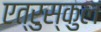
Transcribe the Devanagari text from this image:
एत्रुस्कुल